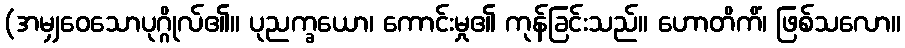
(အမျှဝေသောပုဂ္ဂိုလ်၏။ ပုညက္ခယော၊ ကောင်းမှု၏ ကုန်ခြင်းသည်။ ဟောတိကိံ၊ ဖြစ်သလော။